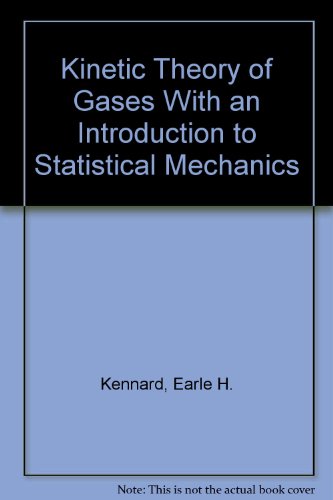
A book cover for Kinetic Theory of Gases With an Introduction to Statistical Mechanics; Earle H. Kennard; Science & Math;